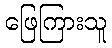
ဖြေကြားသူ